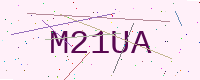
Text: M21UA